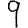
Digit: 9